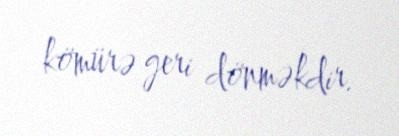
kömürə geri dönməkdir.